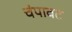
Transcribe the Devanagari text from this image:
चंपावट